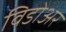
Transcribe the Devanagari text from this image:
विडोअर